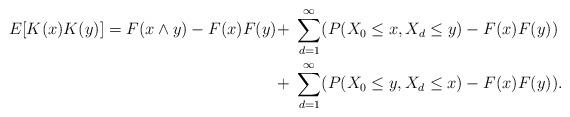
LaTeX: \begin{align*}\begin{aligned}E[K(x) K(y) ] = F(x \wedge y ) -F(x) F(y) + & \ \sum_{d=1}^{\infty} (P(X_0 \leq x, X_d \leq y) -F(x) F(y)) \\+& \ \sum_{d=1}^{\infty} (P(X_0 \leq y, X_d \leq x) -F(x) F(y)). \end{aligned} \end{align*}